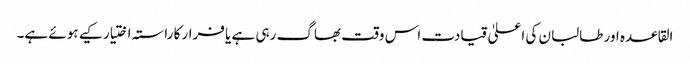
القاعدہ اور طالبان کی اعلیٰ قیادت اس وقت بھاگ رہی ہے یا فرار کا راستہ اختیار کیے ہوئے ہے۔